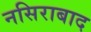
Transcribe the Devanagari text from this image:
नसिराबाद